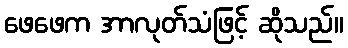
ဖေဖေက အာလုတ်သံဖြင့် ဆိုသည်။